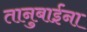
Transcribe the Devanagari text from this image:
तानुबाईंना